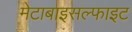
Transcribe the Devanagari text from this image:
मेटाबाइसल्फाइट